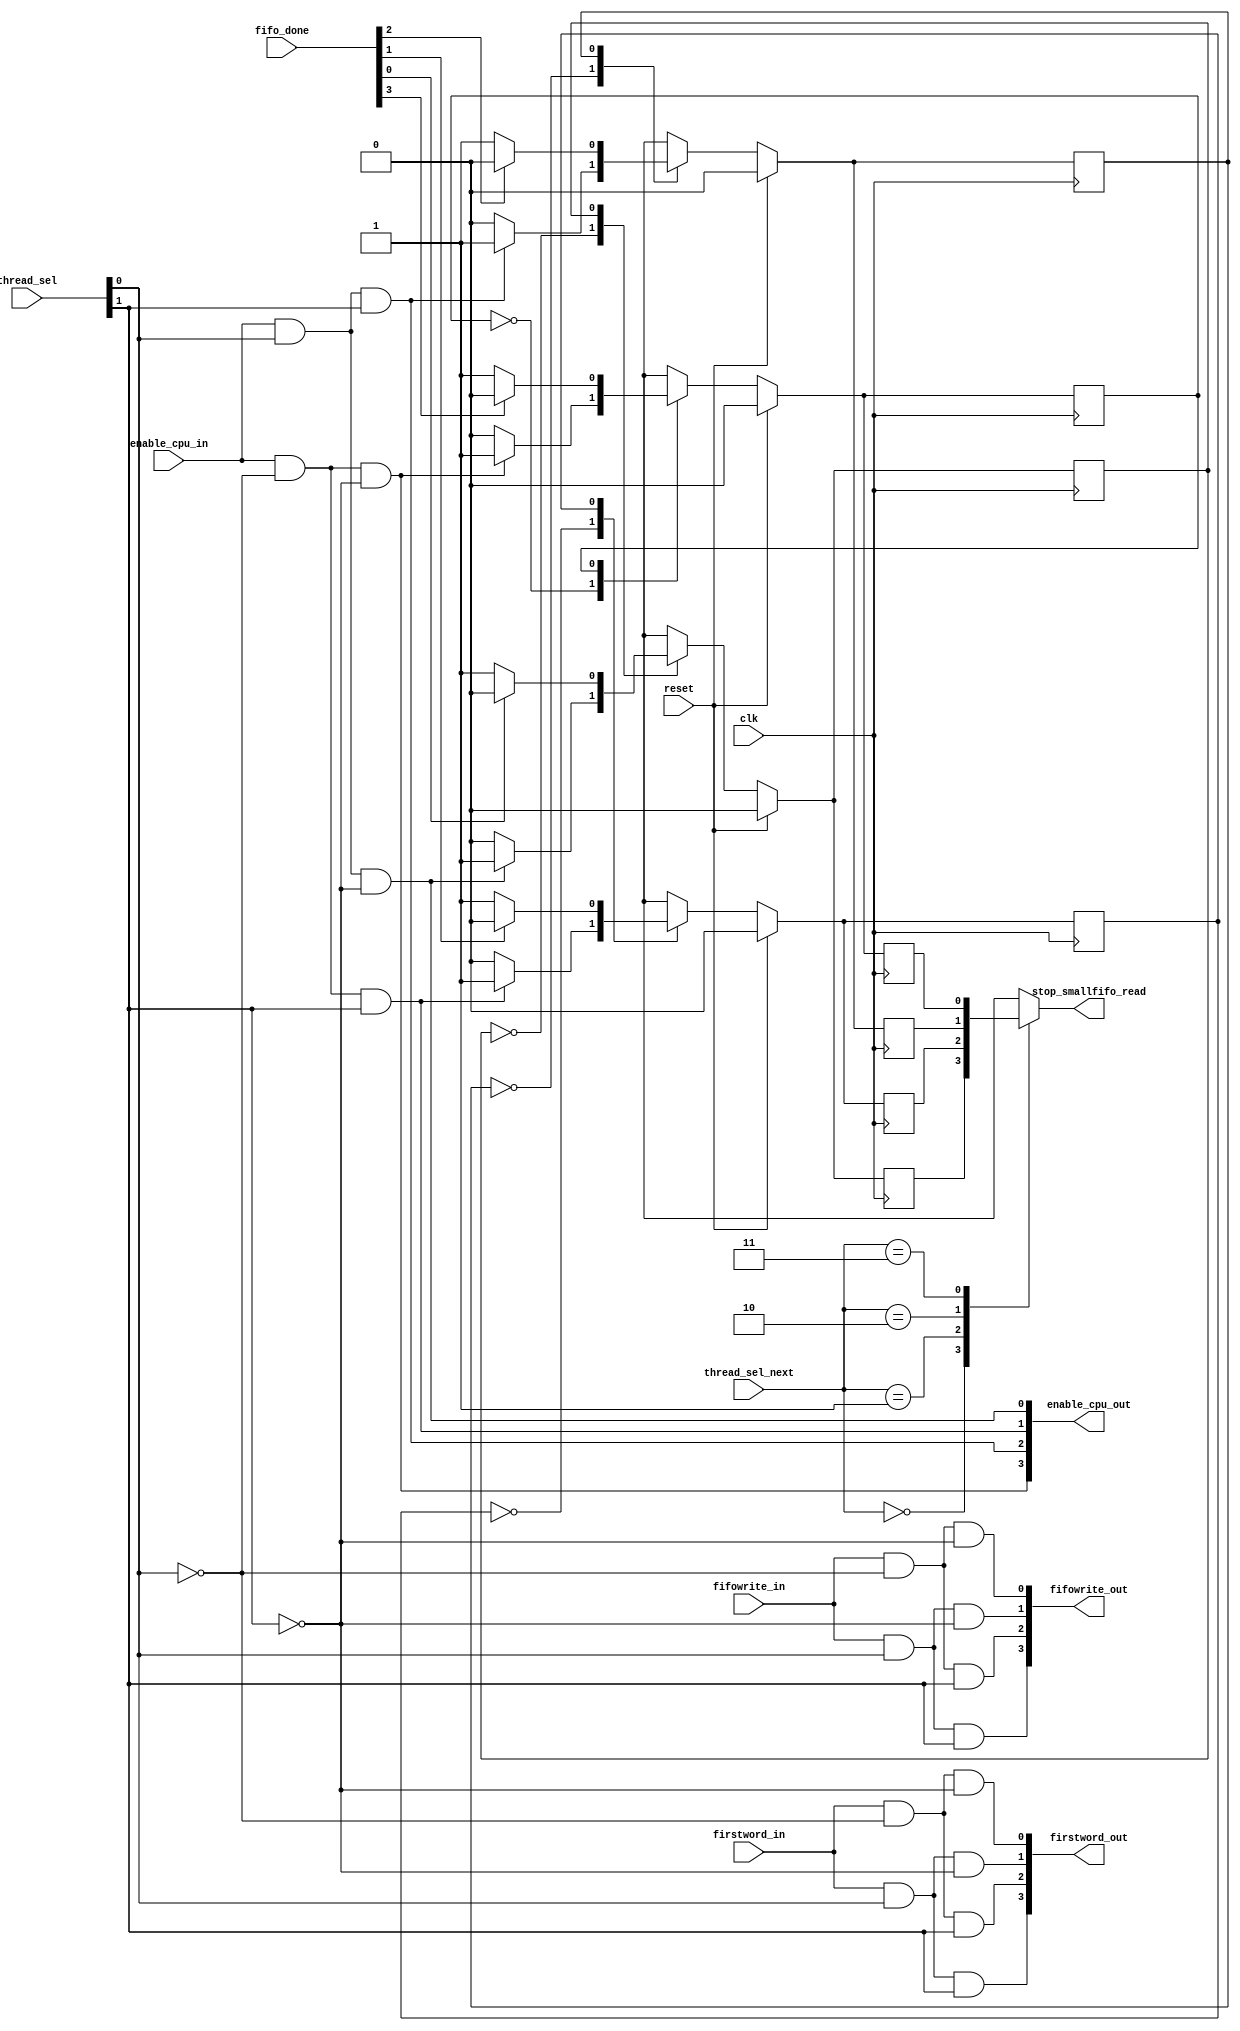
module infifo_arbiter # (
	parameter		NUM_THREADS = 4,
	parameter		THREAD_BITS = 2
)(
	input clk,
	input reset,
    input firstword_in,
    input fifowrite_in,
	input enable_cpu_in,
	input [THREAD_BITS-1:0] thread_sel,
	input [THREAD_BITS-1:0] thread_sel_next,
	input  [NUM_THREADS-1:0] fifo_done,
    output [NUM_THREADS-1:0] firstword_out,
    output [NUM_THREADS-1:0] fifowrite_out,
	output [NUM_THREADS-1:0] enable_cpu_out,	
	output 	reg stop_smallfifo_read
    );

	parameter ZERO = 1'b0;
	parameter ONE = 1'b1;
	wire [NUM_THREADS-1:0]	fifowrite_out_next;
	//reg  [NUM_THREADS-1:0]	fifowrite_out_d;
	
reg [NUM_THREADS-1:0]	fifo_state, fifo_state_next;
reg [NUM_THREADS-1:0]	fifo_busy_next, fifo_busy;

assign firstword_out[0] = firstword_in && ~thread_sel[0] && ~thread_sel[1];
assign fifowrite_out_next[0] = fifowrite_in && ~thread_sel[0] && ~thread_sel[1];
assign enable_cpu_out[3] = enable_cpu_in && ~thread_sel[0] && ~thread_sel[1]; 

assign firstword_out[1] = firstword_in && thread_sel[0] && ~thread_sel[1];
assign fifowrite_out_next[1] = fifowrite_in && thread_sel[0] && ~thread_sel[1];
assign enable_cpu_out[0] = enable_cpu_in && thread_sel[0] && ~thread_sel[1];

assign firstword_out[2] = firstword_in && ~thread_sel[0] && thread_sel[1];
assign fifowrite_out_next[2] = fifowrite_in && ~thread_sel[0] && thread_sel[1];
assign enable_cpu_out[1] = enable_cpu_in && ~thread_sel[0] && thread_sel[1];

assign firstword_out[3] = firstword_in && thread_sel[0] && thread_sel[1];
assign fifowrite_out_next[3] = fifowrite_in && thread_sel[0] && thread_sel[1];
assign enable_cpu_out[2] = enable_cpu_in && thread_sel[0] && thread_sel[1];


always @(*) begin
case(thread_sel_next)
	'b00: stop_smallfifo_read = fifo_busy[0];
	'b01: stop_smallfifo_read = fifo_busy[1];
	'b10: stop_smallfifo_read = fifo_busy[2];
	'b11: stop_smallfifo_read = fifo_busy[3];

	default: stop_smallfifo_read = 0;
endcase
end // always @*

genvar i;
generate
for (i=0; i< NUM_THREADS; i=i+1) begin: fifowrite

always @(*) begin

	fifo_state_next[i] = fifo_state[i];
	fifo_busy_next[i] = fifo_busy[i];
	case (fifo_state[i]) 
		ZERO: begin
			fifo_busy_next[i] = 0;
			if (1 == enable_cpu_out[i]) begin
				fifo_state_next[i] = ONE;
				fifo_busy_next[i] = 1;
			end // if
		end // ZERO
		ONE: begin
			fifo_busy_next[i] = 1;
			if (1 == fifo_done[i]) begin
				fifo_state_next[i] = ZERO;
				fifo_busy_next[i] = 0;
			end // if
		end // ONE
	endcase
end

always @(posedge clk) begin
if (reset) begin
	fifo_busy[i] <= 0;
	fifo_state[i] <= ZERO;
end 
else begin
	fifo_busy[i] <= fifo_busy_next[i];
	fifo_state[i] <= fifo_state_next[i];
end
end // always 

assign fifowrite_out[i] = fifowrite_out_next[i];
end // for
endgenerate

endmodule